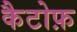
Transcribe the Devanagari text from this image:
कैटोफ़